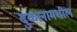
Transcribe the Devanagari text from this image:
दुकानामधील